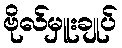
ဗိုလ်မှူးချုပ်